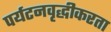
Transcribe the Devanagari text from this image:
पर्यटनवृद्धीकरता